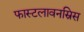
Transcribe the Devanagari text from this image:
फास्टलावनस्रिस